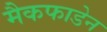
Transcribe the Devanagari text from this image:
मैकफाडेन